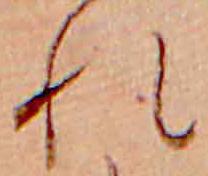
れ